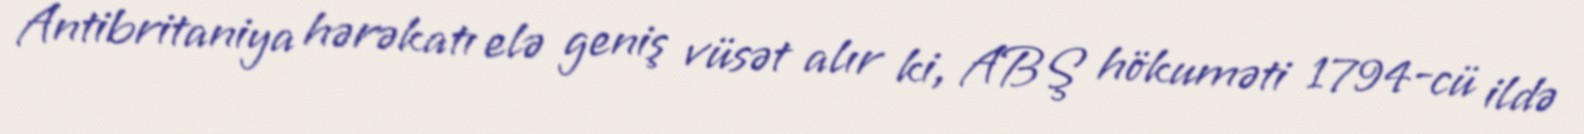
Antibritaniya hərəkatı elə geniş vüsət alır ki, ABŞ hökuməti 1794-cü ildə